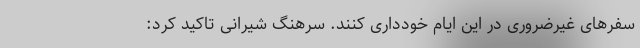
سفر‌های غیرضروری در این ایام خودداری کنند. سرهنگ شیرانی تاکید کرد: